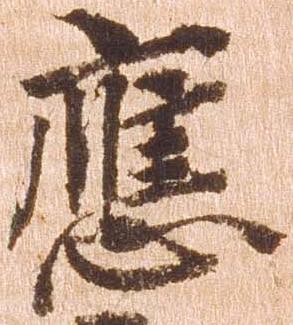
応